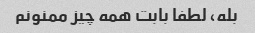
بله، لطفا بابت همه چیز ممنونم